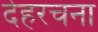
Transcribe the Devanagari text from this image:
देहरचना